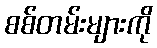
စစ်တမ်းများကို